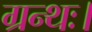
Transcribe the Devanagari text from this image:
ग्रन्थः।